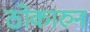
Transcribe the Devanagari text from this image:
ठोकारुन